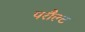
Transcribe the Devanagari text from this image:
परौल्ट